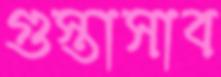
গুস্তাসাব